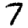
Digit: 7